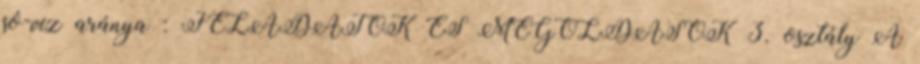
só-víz aránya : FELADATOK ÉS MEGOLDÁSOK 3. osztály A